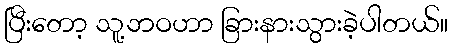
ပြီးတော့ သူ့ဘဝဟာ ခြားနားသွားခဲ့ပါတယ်။